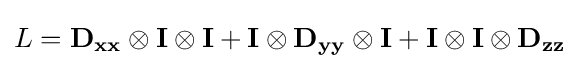
L=\mathbf {D_{xx}} \otimes \mathbf {I} \otimes \mathbf {I} +\mathbf {I} \otimes \mathbf {D_{yy}} \otimes \mathbf {I} +\mathbf {I} \otimes \mathbf {I} \otimes \mathbf {D_{zz}}